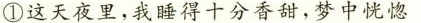
①这天夜里，我睡得十分香甜，梦中恍惚